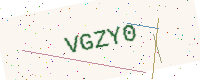
Text: VGZY0